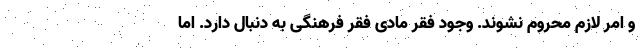
و امر لازم محروم نشوند. وجود فقر مادی فقر فرهنگی به دنبال دارد. اما